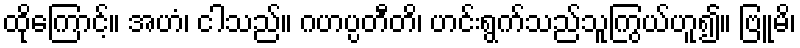
ထိုကြောင့်။ အဟံ၊ ငါသည်။ ဂဟပ္ပတီတိ၊ ဟင်းရွက်သည်သူကြွယ်ဟူ၍။ ဗြူမိ၊